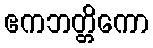
ဧကဘတ္တိကော